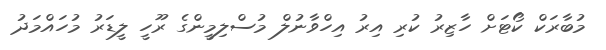
މުބާރަކް ކޯޓަށް ހާޒިރު ކުރި އިރު އިހްވާނުލް މުސްލިމީންގެ ރޫހީ ލީޑަރު މުހައްމަދު